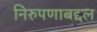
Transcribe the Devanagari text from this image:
निरुपणाबद्दल